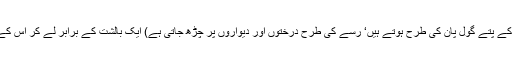
گلو سبز (ایک بیل جس کے پتے گول پان کی طرح ہوتے ہیں‘ رسے کی طرح درختوں اور دیواروں پر چڑھ جاتی ہے) ایک بالشت کے برابر لے کر اس کے باریک ٹکڑے کر لیں۔